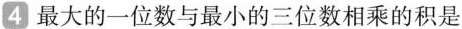
4 最大的一位数与最小的三位数相乘的积是